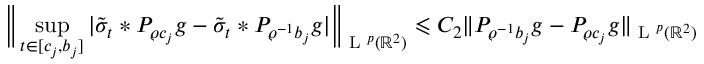
\Big \| \operatorname* { s u p } _ { t \in [ c _ { j } , b _ { j } ] } | \tilde { \sigma } _ { t } \ast P _ { \varrho c _ { j } } g - \tilde { \sigma } _ { t } \ast P _ { \varrho ^ { - 1 } b _ { j } } g | \Big \| _ { \textup { L } ^ { p } ( \mathbb { R } ^ { 2 } ) } \leqslant C _ { 2 } \| P _ { \varrho ^ { - 1 } b _ { j } } g - P _ { \varrho c _ { j } } g \| _ { \textup { L } ^ { p } ( \mathbb { R } ^ { 2 } ) }